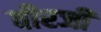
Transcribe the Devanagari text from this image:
वीरजी